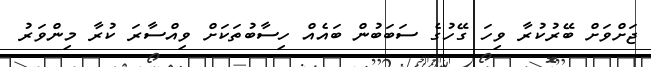
ޖަށްވަށް ބޭރުކުރާ ވިހަ ގޭހުގެ ސަބަބުން ބައެއް ހިސާބުތަކަށް ވިއްސާރަ ކުރާ މިންވަރު